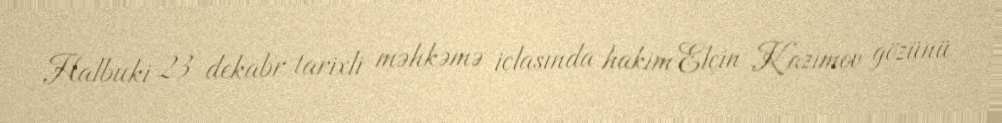
Halbuki 23 dekabr tarixli məhkəmə iclasında hakim Elçin Kazımov gözünü